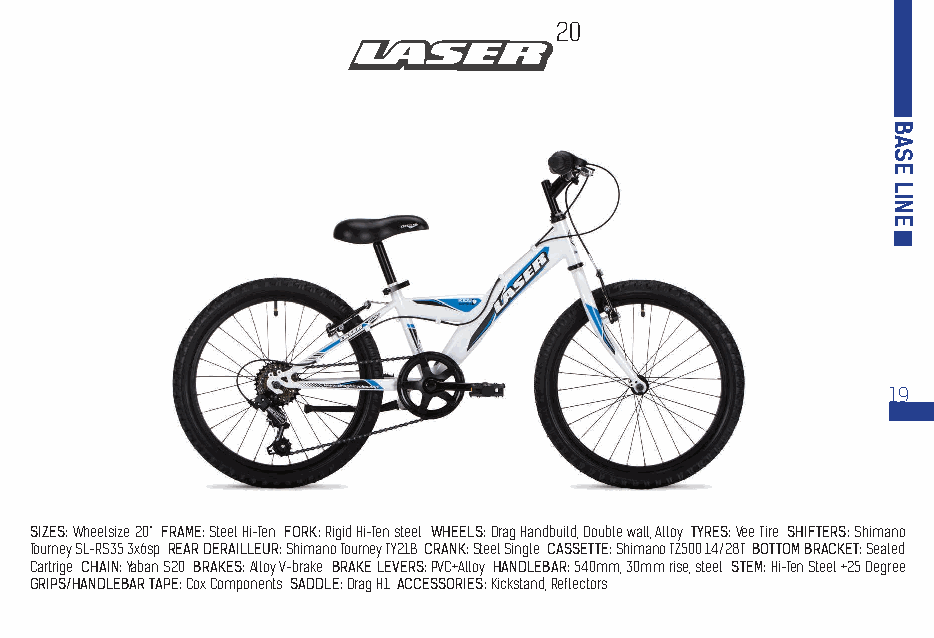
20
 19
 SIZES: Wheelsize 20“ FRAME: Steel Hi-Ten FORK: Rigid Hi-Ten steel WHEELS: Drag Handbuild, Double wall, Alloy TYRES: Vee Tire SHIFTERS: Shimano
 Tourney SL-RS35 3x6sp REAR DERAILLEUR: Shimano Tourney TY21B CRANK: Steel Single CASSETTE: Shimano TZ500 14/28T BOTTOM BRACKET: Sealed
 Cartrige CHAIN: Yaban S20 BRAKES: Alloy V-brake BRAKE LEVERS: PVC+Alloy HANDLEBAR: 540mm, 30mm rise, steel STEM: Hi-Ten Steel +25 Degree
 GRIPS/HANDLEBAR TAPE: Cox Components SADDLE: Drag H1 ACCESSORIES: Kickstand, Reflectors
 BASE
 LINE